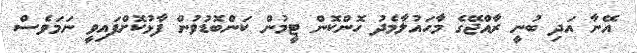
އޭނާ އަދި ބުނީ ރާއްޖޭގެ މާހައުލާމެދު ހޮންކޮން ޓީމުން ކަންބޮޑުވުން ފާޅުކޮށްފައިވީ ނަމަވެސް